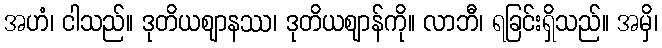
အဟံ၊ ငါသည်။ ဒုတိယဈာနဿ၊ ဒုတိယဈာန်ကို။ လာဘီ၊ ရခြင်းရှိသည်။ အမှိ၊